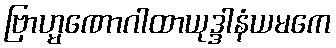
ဗြာဟ္မဏောဂါထာယုဒ္ဒါနံယမကေ